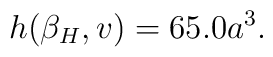
h({\beta_H },v)=65.0 a^3.